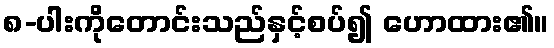
၈-ပါးကိုတောင်းသည်နှင့်စပ်၍ ဟောထား၏။